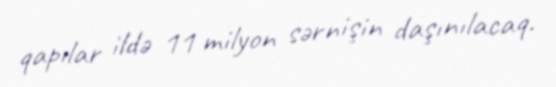
qapılar ildə 11 milyon sərnişin daşınılacaq.